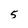
Character: 5